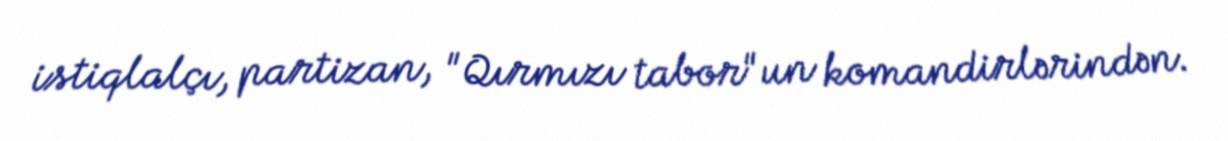
istiqlalçı, partizan, "Qırmızı tabor"un komandirlərindən.